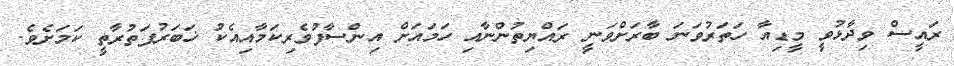
ރައީސް ވިދާޅުވީ މީޑިއާ ހަތަރުވަނަ ބާރަށްވަނީ ރައްޔިތުންނާއި ހަމައަށް އިންސާފުވެރިކަމާއިއެކު ޚަބަރުފަތުރާތީ ކަމަށެވެ.